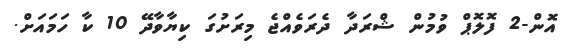
އޮން-2 ފޮލޮޕް ވުމުން ޝްރަދާ ދެރަވެއްޖެ މިރަށުގަ ކިޔާވާދޭ 10 ކާ ހަމައަށް.